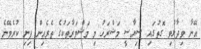
އޭނާ ވިދާޅުވި ގޮތުގައި ސިޔާސީ މަޝްރަހު މި މަޝްވަރާތަކުގެ ތެރެއިން ފިނި ކުރެވޭނެ